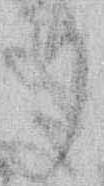
り